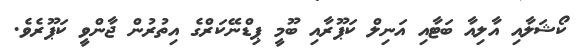
ކޯޝަލާއި އާލިއާ ބަޓާއި އަނިލް ކަޕޫރާއި ބޫމީ ޕިޑްނޭކަރްގެ އިތުރުން ޖާންވީ ކަޕޫރެވެ.